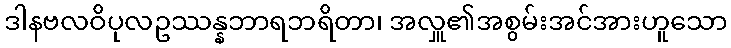
ဒါနဗလဝိပုလဥဿန္နဘာရဘရိတာ၊ အလှူ၏အစွမ်းအင်အားဟူသော